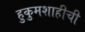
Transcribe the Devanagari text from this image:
हुकुमशाहीची